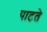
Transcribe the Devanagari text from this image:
पाटते